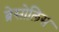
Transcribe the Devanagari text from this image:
ब्रेसोलिस